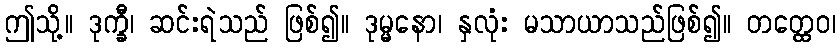
ဤသို့။ ဒုက္ခီ၊ ဆင်းရဲသည် ဖြစ်၍။ ဒုမ္မနော၊ နှလုံး မသာယာသည်ဖြစ်၍။ တတ္ထေဝ၊